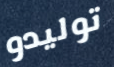
توليدو